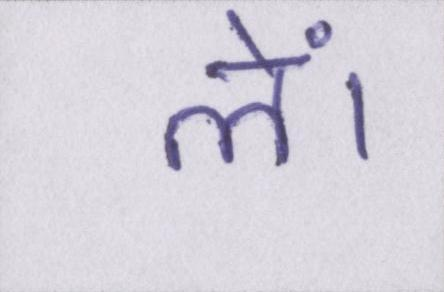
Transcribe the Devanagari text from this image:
लें।